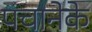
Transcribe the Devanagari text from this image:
पचानेके